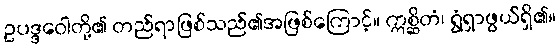
ဥပဒ္ဒဝေါတို့၏ တည်ရာဖြစ်သည်၏အဖြစ်ကြောင့်။ ဣစ္ဆိတံ၊ ရွံရှာဖွယ်ရှိ၏။